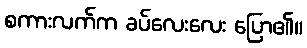
စကားလက်က ခပ်လေးလေး ပြော၏။